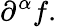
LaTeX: \partial^{\alpha}f.